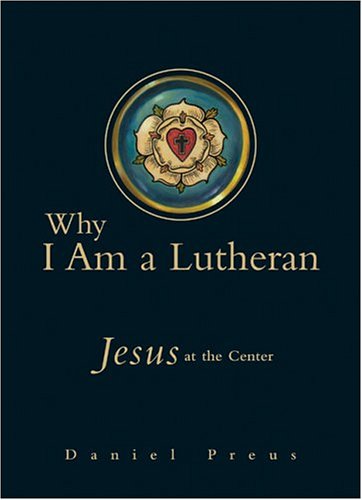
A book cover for Why I Am a Lutheran: Jesus at the Center; Daniel Preus; Christian Books & Bibles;